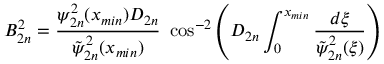
B _ { 2 n } ^ { 2 } = \frac { \psi _ { 2 n } ^ { 2 } ( x _ { m i n } ) D _ { 2 n } } { \tilde { \psi } _ { 2 n } ^ { 2 } ( x _ { m i n } ) } \ \cos ^ { - 2 } \left( D _ { 2 n } \int _ { 0 } ^ { x _ { m i n } } \frac { d \xi } { \tilde { \psi } _ { 2 n } ^ { 2 } ( \xi ) } \right)